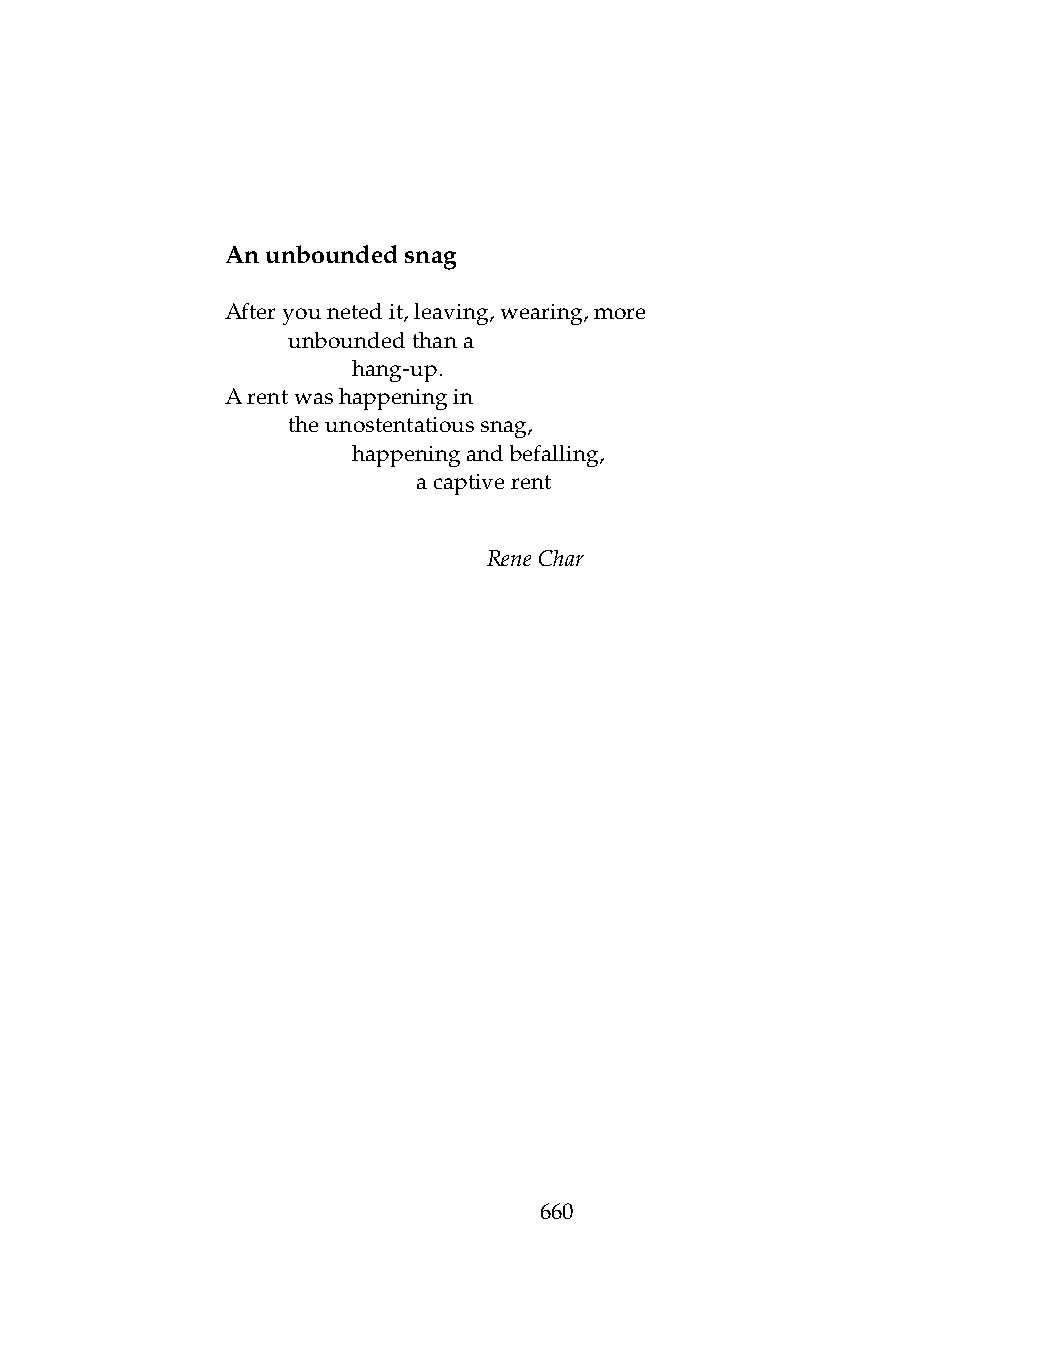
Anunboundedsnag
 Afteryounetedit,leaving,wearing,more
 .   unboundedthana
 .   .   hang-up.
 Arentwashappeningin
 .   theunostentatioussnag,
 .   .   happeningandbefalling,
 .   .   .    acaptiverent
 ReneChar
 660